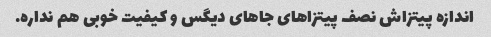
اندازه پیتزاش نصف پیتزاهای جاهای دیگس و کیفیت خوبی هم نداره.